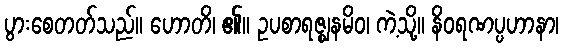
ပွားစေတတ်သည်။ ဟောတိ၊ ၏။ ဥပစာရဇ္ဈနမိဝ၊ ကဲ့သို့။ နိဝရဏပ္ပဟာနာ၊